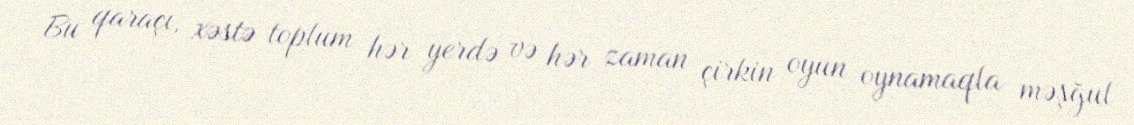
Bu qaraçı, xəstə toplum hər yerdə və hər zaman çirkin oyun oynamaqla məşğul